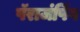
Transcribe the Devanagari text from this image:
पॅराजंपिंग